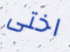
اختى